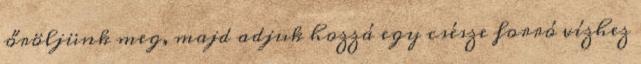
őröljünk meg, majd adjuk hozzá egy csésze forró vízhez